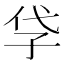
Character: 𡥖